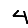
Digit: 4